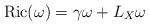
LaTeX: \begin{align*}{\rm Ric}(\omega)=\gamma \omega+L_X \omega\end{align*}